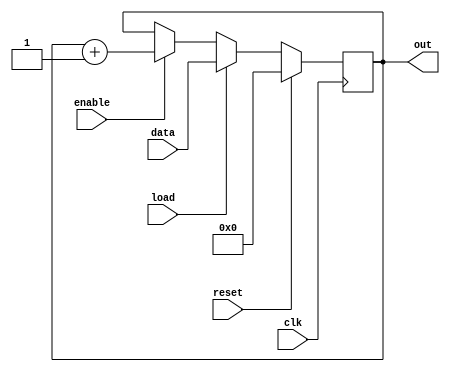
module counter_16bit(data, out, clk, load, reset, enable);
  input clk, load, reset, enable;
  input [15:0] data;
  output reg  [15:0] out;

  always@(posedge clk)
    if (reset) begin
      out <= 16'b0;
    end else if (load) begin
      out <= data;
    end else if (enable) begin
      out <= out + 1;
    end

endmodule